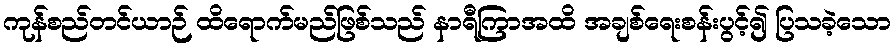
ကုန်စည်တင်ယာဉ် ထိရောက်မည်ဖြစ်သည် နာရီကြာအထိ အချစ်ရေးစန်းပွင့်၍ ပြသခဲ့သော